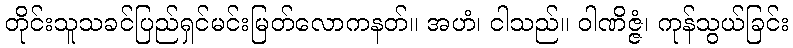
တိုင်းသူသခင်ပြည်ရှင်မင်းမြတ်လောကနတ်။ အဟံ၊ ငါသည်။ ဝါဏိဇ္ဇံ၊ ကုန်သွယ်ခြင်း